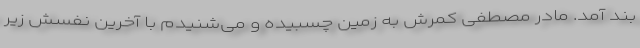
بند آمد. مادر مصطفی کمرش به زمین چسبیده و می‌شنیدم با آخرین نفسش زیر